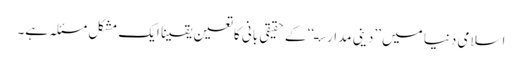
اسلامی دنیا میں ’’دینی مدارسـ‘‘ کے حقیقی بانی کا تعین یقینا ایک مشکل مسئلہ ہے۔